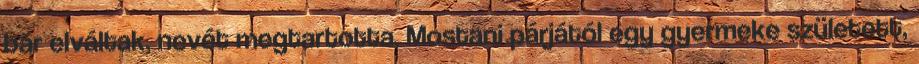
bár elváltak, nevét megtartotta. Mostani párjától egy gyermeke született,